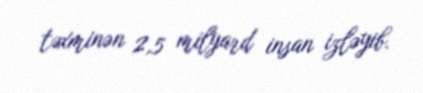
təxminən 2,5 milyard insan izləyib.